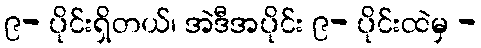
၉- ပိုင်းရှိတယ်၊ အဲဒီအပိုင်း ၉- ပိုင်းထဲမှ -